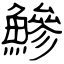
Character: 鰺